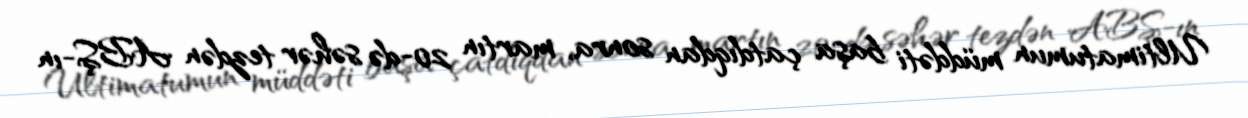
Ultimatumun müddəti başa çatdıqdan sonra, martın 20-də səhər tezdən ABŞ-ın